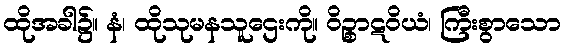
ထိုအခါ၌။ နံ၊ ထိုသုမနသူဌေးကို။ ဝိဉ္စာဋဝိယံ၊ ကြီးစွာသော